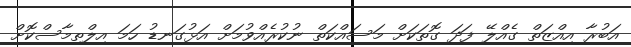
އަބުރާ އިއްޒަތް ގެއްލޭ ފަދަ ގޮތަކަށް މަސައްކަތް ނުކުރެއްވުމަށް އަޅުގަނޑު ހަމަ އިލްތިމާސްކޮށް